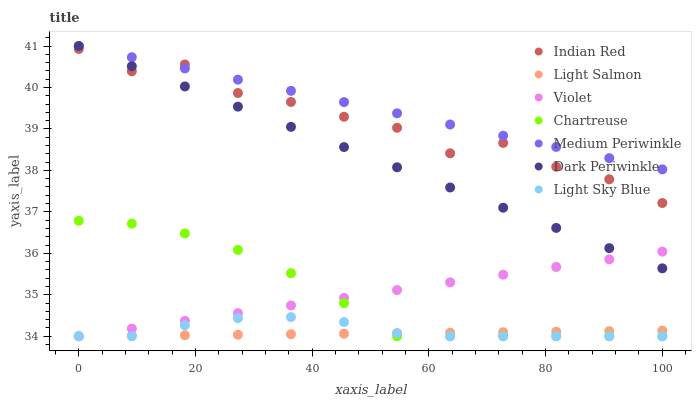
| xaxis_label | Indian Red | Light Salmon | Violet | Chartreuse | Medium Periwinkle | Dark Periwinkle | Light Sky Blue |
 | --- | --- | --- | --- | --- | --- | --- | --- |
 | 0 | 40.9 | 34 | 34 | 36.8 | 41 | 41 | 34 |
 | 9.09 | 40.4 | 34 | 34.2 | 36.7 | 40.7 | 40.5 | 34 |
 | 18.2 | 40.6 | 34 | 34.4 | 36.5 | 40.5 | 40 | 34.3 |
 | 27.3 | 39.9 | 34 | 34.6 | 36.1 | 40.2 | 39.5 | 34.4 |
 | 36.4 | 39.7 | 34 | 34.7 | 35.5 | 39.9 | 39.1 | 34.5 |
 | 45.5 | 39.3 | 34.1 | 34.9 | 34.8 | 39.6 | 38.6 | 34.3 |
 | 54.5 | 39 | 34.1 | 35.1 | 34 | 39.4 | 38.1 | 34.1 |
 | 63.6 | 38.4 | 34.1 | 35.3 | 34 | 39.1 | 37.6 | 34 |
 | 72.7 | 38.7 | 34.1 | 35.5 | 34 | 38.8 | 37.1 | 34 |
 | 81.8 | 38.1 | 34.1 | 35.7 | 34 | 38.6 | 36.6 | 34 |
 | 90.9 | 37.8 | 34.1 | 35.9 | 34 | 38.3 | 36.1 | 34 |
 | 100 | 37.2 | 34.1 | 36 | 34 | 38 | 35.6 | 34 |